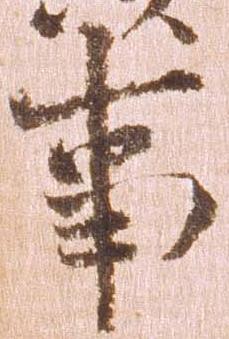
事